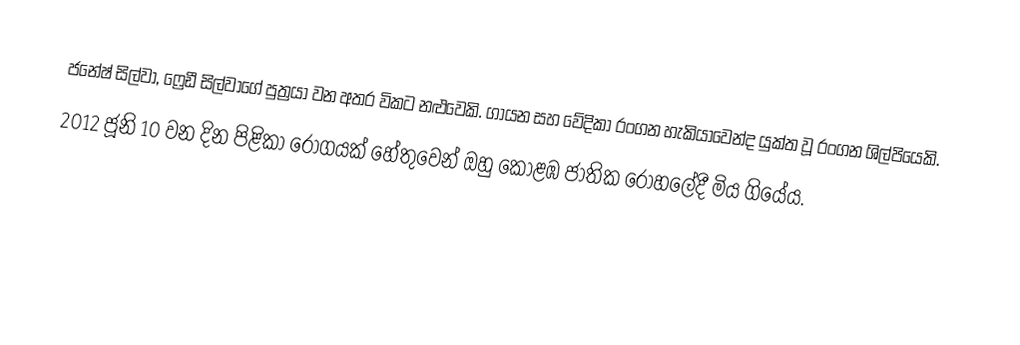
ජනේෂ් සිල්වා, ෆ්‍රෙඩී සිල්වාගේ පුත්‍රයා වන අතර විකට නළුවෙකි. ගායන සහ වේදිකා රංගන හැකියාවෙන්ද යුක්ත වූ රංගන ශිල්පියෙකි.
2012 ජූනි 10 වන දින පිළිකා රෝගයක් හේතුවෙන් ඔහු කොළඹ ජාතික රෝහලේදී මිය ගියේය.